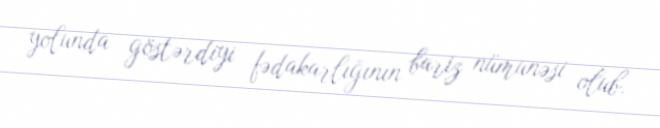
yolunda göstərdiyi fədakarlığının bariz nümunəsi olub.